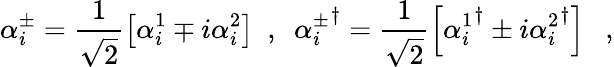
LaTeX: \alpha_{i}^{\pm}=\frac{1}{\sqrt{2}}\left[\alpha_{i}^{1}\mp i\alpha_{i}^{2}\right]\ \ ,\ \ {\alpha_{i}^{\pm}}^{\dagger}=\frac{1}{\sqrt{2}}\left[{\alpha_{i}^{1}}^{\dagger}\pm i{\alpha_{i}^{2}}^{\dagger}\right]\ \ \ ,